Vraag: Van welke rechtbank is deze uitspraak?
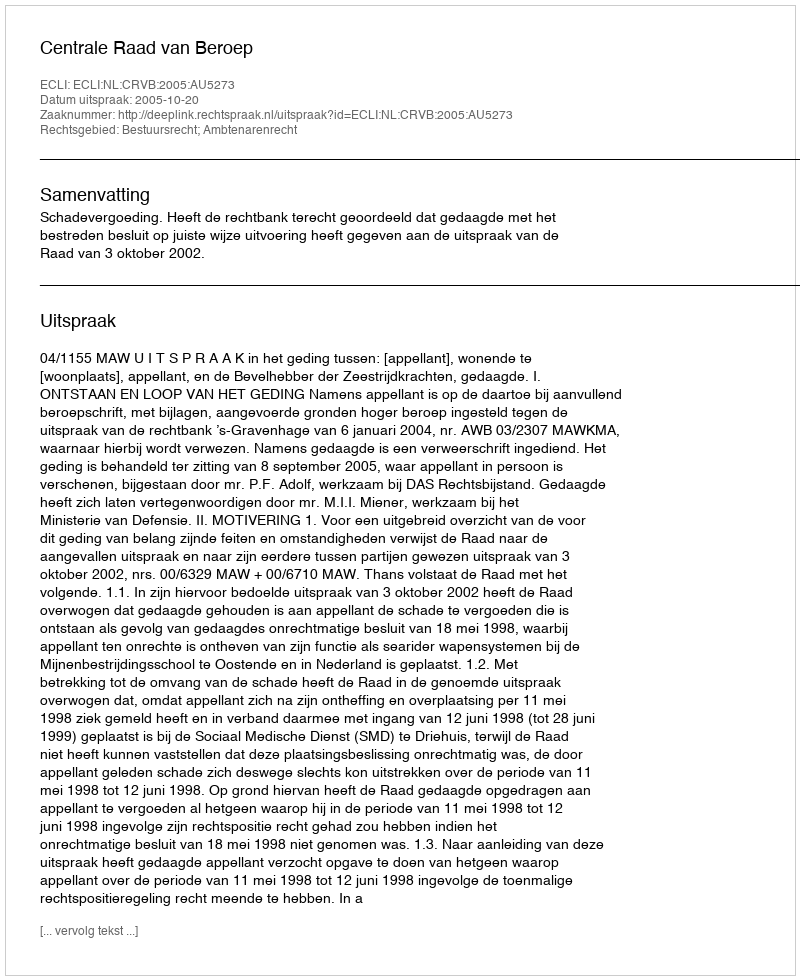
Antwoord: Centrale Raad van Beroep